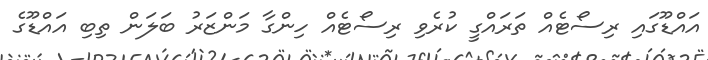
އައްޑޫގައި ރިސޯޓެއް ތަރައްގީ ކުރެވި ރިސޯޓެއް ހިންގާ މަންޒަރު ބަލަން ތިބި އައްޑޫގެ